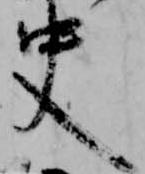
史